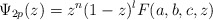
\begin{align*}\Psi_{2p} (z) = z^n (1-z)^l F(a,b,c,z)\end{align*}